Calcutta medical institutions reports 1871-78
Year: 1871
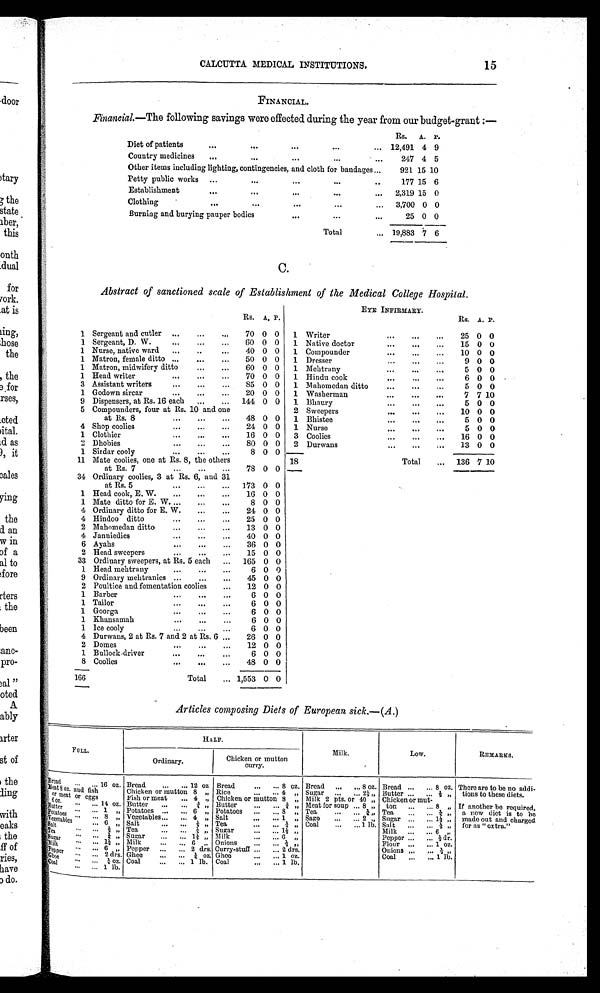
CALCUTTA MEDICAL INSTITUTIONS. 15
FINANCIAL.
Financial.—The following savings were effected during the year from our budget-grant:—
Rs. A. P.
Di e t o f p a t i e n t s
12,491 4 9
Country medicines
247 4 5
Other items including lighting, contingencies, and cloth for bandages
921 15 10
Petty public works
177 15 6
Establishment
2,319 15 0
Clothing
3,700 0 0
Burning and burying pauper bodies
25 0 0
Total
1 9 , 8 8 3 7 6
Abstract of sanctioned scale of Establishment of the Medical College Hospital.
EYE INFIRMARY.
Rs. A. P.
Rs. A. P.
1 Sergeant and cutler
70 0 0 1 Writer
25 0 0
1 Sergeant, D. W.
60 0 0 1 Native doctor
15 0 0
1 Nurse, native ward
40 0 0 1 Compounder
10 0 0
1 Matron, female ditto
50 0 0 1 Dresser
9 0 0
1 Matron, midwifery ditto
60 0 0 1 Mehtrany
5 0 0
1 Head writer
70 0 0 1 Hindu cook
6 0 0
3 Assistant writers
85 0 0 1 Mahomedan ditto
5 0 0
1 Godown sircar
20 0 0 1 Washerman
7 7 10
9 Dispensers, at Rs. 16 each
144 0 0 1 Bhaury
5 0 0
5
Compounders, four at Rs. 10 and one at Rs. 8.
48 0 0
2 Sweepers
10 0 0
1 Bhistee
5 0 0
4 Shop coolies
24 0 0 1 Nurse
5 0 0
1 Clothier
16 0 0 3 Coolies
16 0 0
2 Dhobies
80 0 0 2 Durwans
13 0 0
1 Sirdar cooly
8 0
0
18
Total
136 7 10
11 Mate coolies, one at Rs. 8, the others
at Rs. 7
78 0 0
34 Ordinary coolies, 3 at Rs. 6, and 31
at Rs. 5
173 0 0
1 Head cook, E. W.
16 0 0
1 Mate ditto for E. W.
8 0 0
4 Ordinary ditto for E. W.
24 0 0
4 Hindoo ditto
25 0 0
2 Mahomedan ditto
13 0 0
4 Janniedies.
40 0 0
6 Ayahs
36 0 0
2 Head sweepers
15 0 0
33 Ordinary sweepers, at Rs. 5 each
165 0 0
1 Head mehtrany
6 0 0
9 Ordinary mehtranies
45 0 0
2 Poultice and fomentation coolies
12 0 0
1 Barber
6 0 0
1 Tailor
6 0 0
1 Goorga
6 0 0
1 Khansamah
6 0 0
1 Ice cooly
6 0 0
4 Durwans, 2 at Rs. 7 and 2 at Rs. 6
26 0 0
2 Domes
12 0 0
1 Bullock driver
6 0 0
8 Coolies
48 0 0
166
Total
1,553 0 0
Articles composing Diets of European sick.—(A.)
F U L L
H A L F .
M i l k .
L o w .
REMARKS.
O r d i n a r y .
C h i c k e n o r m u t t o n c u r r y .
Bread
16
o z . Bread
12 oz. Bread
8 o z . Bread
8
o z . Bread
8 oz. There are to be no addi
tious to these diets.
Meat 8 oz. and fi sh or meat or eggs
S oz. sad fish
Chicken or mutton 8 , , Rice
4 , , Sugar
2 ½ , , Butter
½ ,,
Chicken or mutton 8 , , Milk 2 pts. or 40 , ,
Fish or mea
t
4 , ,
Chicken or mutton 8 ,,
for as "extra."
made out and charged
a new diet is to be
If another be required,
, ,
6 oz
14 o z Butter
3 / 4 , , Butter. ¾ Meat for soup 8 , ,
Butter
1 , , Potatoes
6 , , Potatoes
8 , , Tea
2 / 4 , , Tea
¼ ,,
Potatoes
8 , ,
, , Salt
1 , ,
Vegetables... 4
Sago
2 , , Sugar
1½ ,,
Vegetables 6 , , Salt
½ , , Tea
2 / 4 , , Coal
1 l b . Salt
½ ,,
Sugar
1 ½ , ,
Milk
6 ,,
Salt
½ , , Tea
¼ , ,
Tea
2 / 4 , , Sugar
1 ½ , , Milk
6 , ,
Pepper
½dr.
Sugar
1½ , ,
Onions.. ½ , ,
Flour
1 oz.
Milk. 6 , ,
Pepper
2 d r s . Pepper
2
d r s .
Cirry-stuff
2 drs.
Onions
½ ,,
Ghee
¼ o z . Ghee. ¼ o z . Ghee
1 oz.
Coal
1 lb
Coal
1 1 b . Coal., 1 1 b . Coal
1 lb.
... ... 1 lb.